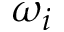
\omega _ { i }